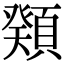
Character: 𩔆